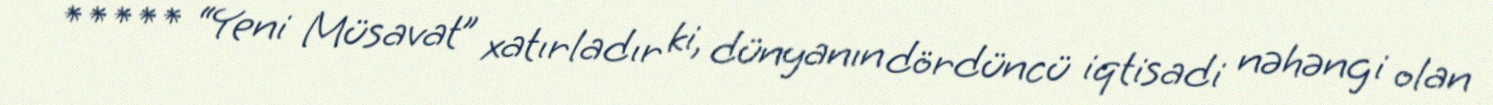
***** “Yeni Müsavat” xatırladır ki, dünyanın dördüncü iqtisadi nəhəngi olan